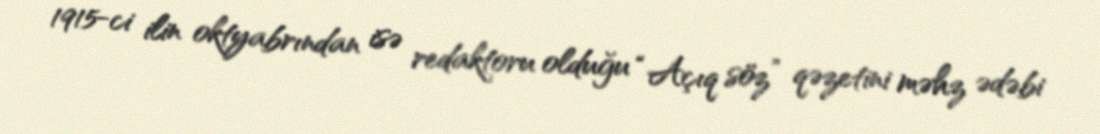
1915-ci ilin oktyabrından isə redaktoru olduğu “Açıq söz” qəzetini məhz ədəbi